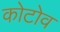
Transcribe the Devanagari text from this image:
कोटोव